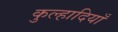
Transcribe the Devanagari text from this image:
कुल्हादियाँ